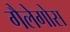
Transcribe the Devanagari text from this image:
गैलेगोस